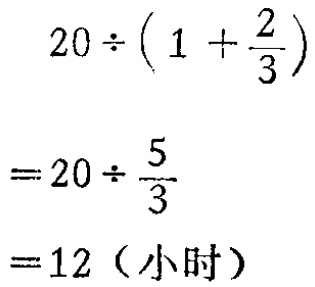
\[

\begin{align*}

20\div(1 + \frac{2}{3})&=20\div\frac{5}{3}\\

&= 12（小时）

\end{align*}

\]